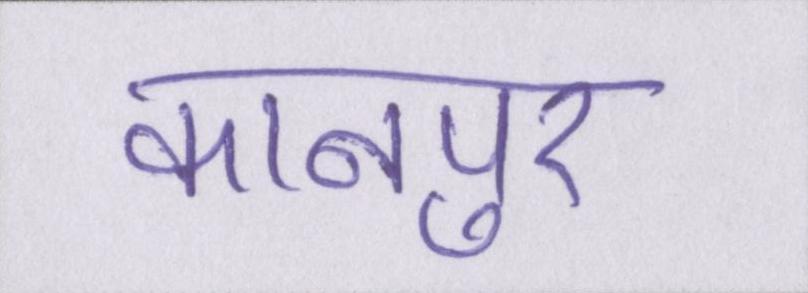
कानपुर